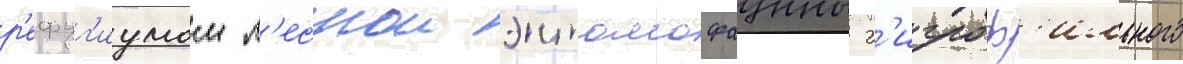
р'ефуг'иумом л'еснои энтомофауны г'игроф'ильного